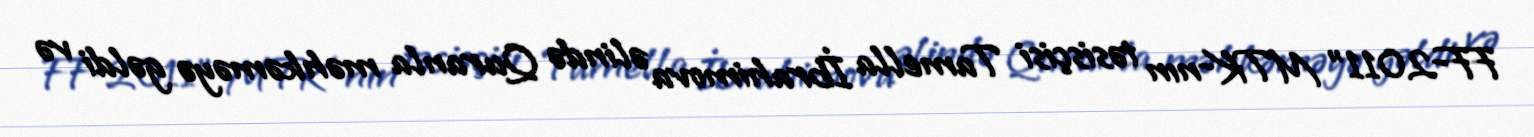
FF-2011" MTK-nın təsisçisi Tamella İbrahimova əlində Quranla məhkəməyə gəldi və